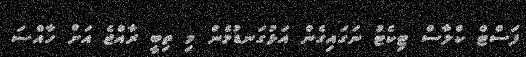
ފަސްޓް ކްލާސް ޓިކެޓު ނަގައިގެން އަޅުގަނޑުމެން މި ތިބީ ރާއްޖެ އަށް ހާއްސަ